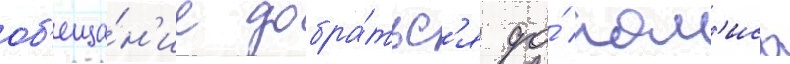
об'еща́н'ие добра́тьс'я до́ пол'иса